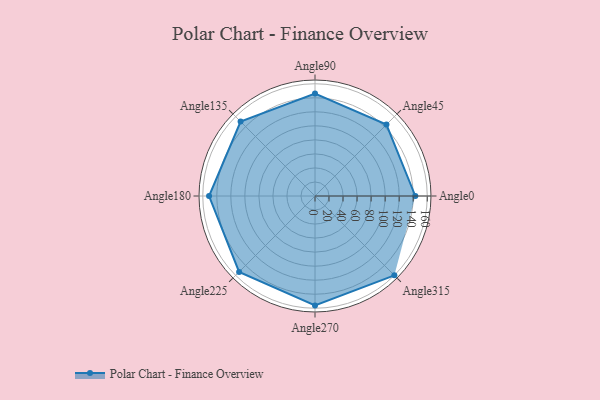
{"axis": {"x": "Angle", "y": "Radius"}, "legend": [""], "data": [{"x": "Angle0", "y": 143.0, "type": ""}, {"x": "Angle45", "y": 144.0, "type": ""}, {"x": "Angle90", "y": 146.0, "type": ""}, {"x": "Angle135", "y": 150.0, "type": ""}, {"x": "Angle180", "y": 151.0, "type": ""}, {"x": "Angle225", "y": 153.0, "type": ""}, {"x": "Angle270", "y": 156.0, "type": ""}, {"x": "Angle315", "y": 160.0, "type": ""}]}